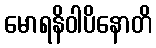
မောရနိဝါပိနောတိ